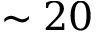
\sim 2 0